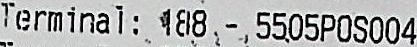
TERMINAL: 188 - 5505POS004